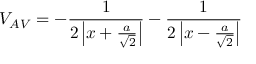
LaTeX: V _ { A V } = - { \frac { 1 } { 2 \left| x + { \frac { a } { \sqrt { 2 } } } \right| } } - { \frac { 1 } { 2 \left| x - { \frac { a } { \sqrt { 2 } } } \right| } }